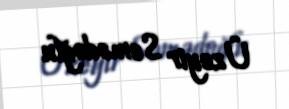
Üzeyir Səmədoğlu